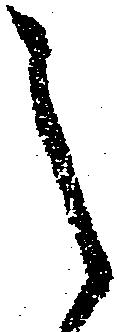
之